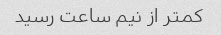
کمتر از نیم ساعت رسید